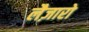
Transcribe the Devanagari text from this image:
लैज़ारो